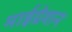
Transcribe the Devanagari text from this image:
माईग्रेशन